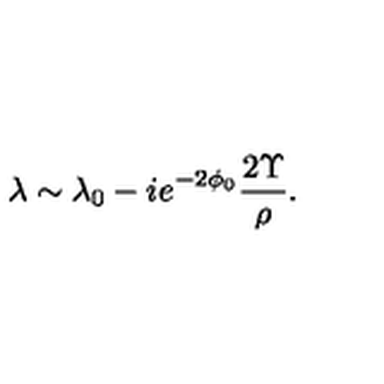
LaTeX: \lambda \sim \lambda _ { 0 } - i e ^ { - 2 \phi _ { 0 } } \frac { 2 \Upsilon } { \rho } .